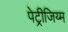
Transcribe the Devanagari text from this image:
पेट्रीजिय्म